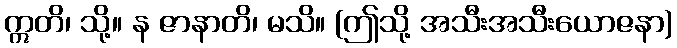
ဣတိ၊ သို့။ န ဇာနာတိ၊ မသိ။ (ဤသို့ အသီးအသီးယောဇနာ)